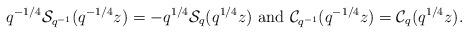
LaTeX: \begin{align*} q^{-1/4}\mathcal{S}_{q^{-1}}(q^{-1/4}z)=-q^{1/4}\mathcal{S}_{q}(q^{1/4}z) \mbox{ and } \mathcal{C}_{q^{-1}}(q^{-1/4}z)=\mathcal{C}_{q}(q^{1/4}z). \end{align*}